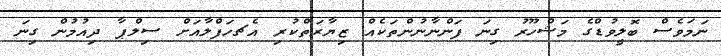
ނަމަވެސް ބޮލީވުޑްގެ މަޝްހޫރު ގިނަ ފަންނާނުންތަކެއް ޒިޔާރަތްކުރި އެޗހަފްލާއަށް ސިލްޕާ ދިއުމުން ގިނަ